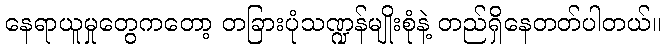
နေရာယူမှုတွေကတော့ တခြားပုံသဏ္ဍန်မျိုးစုံနဲ့ တည်ရှိနေတတ်ပါတယ်။